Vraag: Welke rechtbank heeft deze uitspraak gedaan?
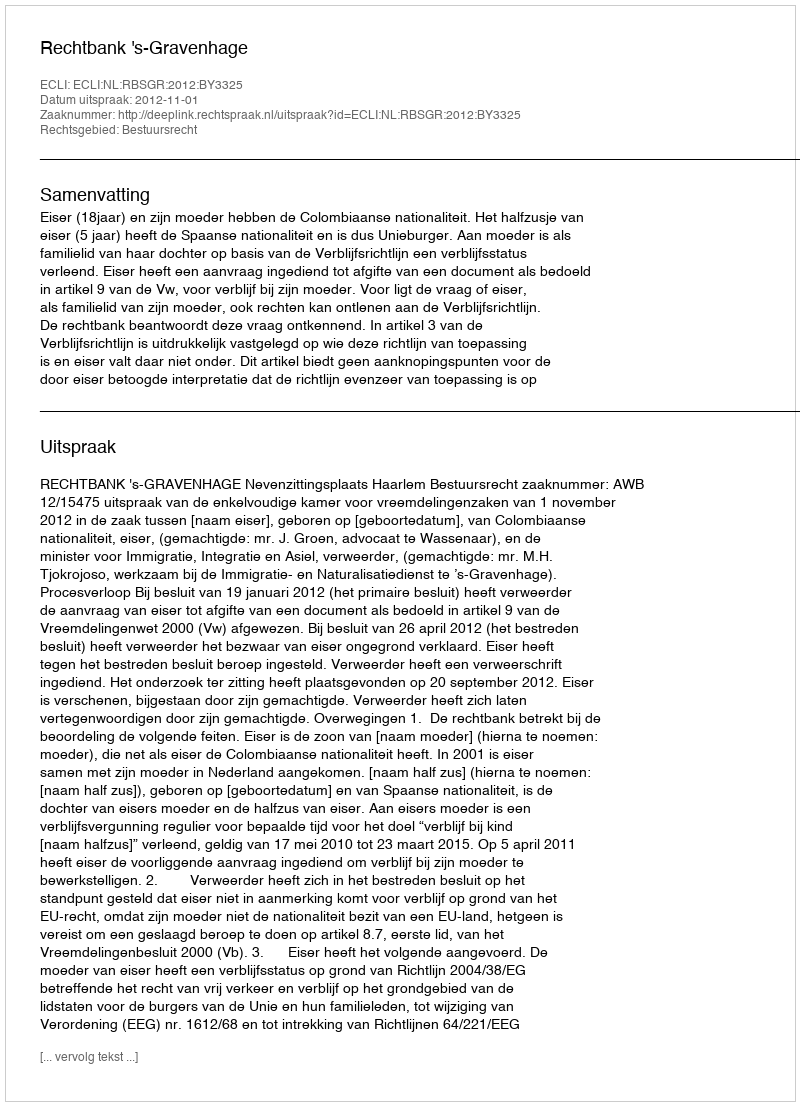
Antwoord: Rechtbank 's-Gravenhage